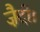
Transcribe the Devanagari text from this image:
ज़ैदी।